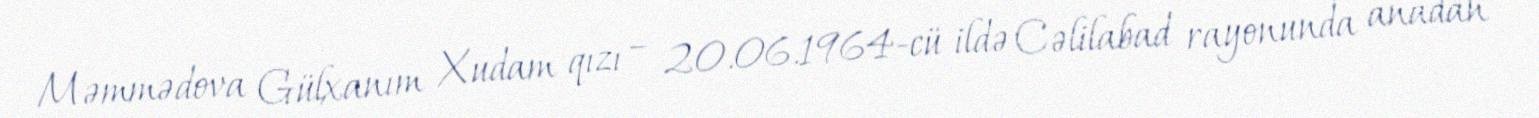
Məmmədova Gülxanım Xudam qızı – 20.06.1964-cü ildə Cəlilabad rayonunda anadan